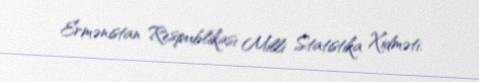
Ermənistan Respublikası Milli Statistika Xidməti.